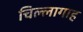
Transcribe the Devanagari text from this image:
चिल्लागाह